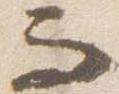
而